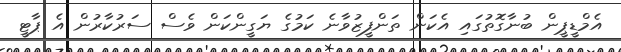
އެމްޑީޕީން ބުނާގޮތުގައި އެކަން ތަންފީޒުވާނެ ކަމުގެ ޔަގީންކަން ވެސް ސަރުކާރުން އެ ޕާޓީ